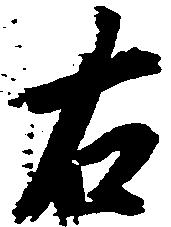
右